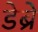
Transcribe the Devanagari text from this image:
डेब्रे